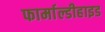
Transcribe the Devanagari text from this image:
फार्माल्डीहाइड